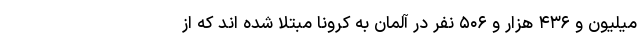
میلیون و ۴۳۶ هزار و ۵۰۶ نفر در آلمان به کرونا مبتلا شده اند که از